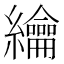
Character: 𦇬